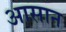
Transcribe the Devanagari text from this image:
अासान